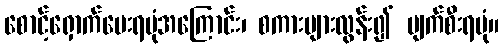
စောင့်ရှောက်ပေးရပုံအကြောင်း၊ စကားများလွန်း၍ ပျက်စီးရပုံ။